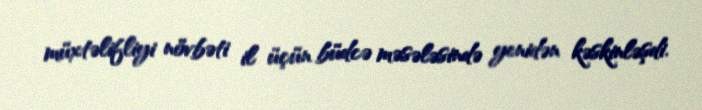
müxtəlifliyi növbəti il üçün büdcə məsələsində yenidən kəskinləşdi.